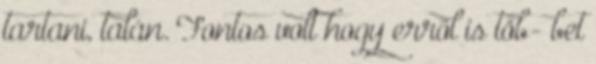
tartani, talán. Fontos volt hogy erről is töb- bet